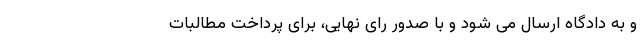
و به دادگاه ارسال می شود و با صدور رای نهایی، برای پرداخت مطالبات